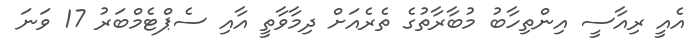
އެއީ ރިއާސީ އިންތިހާބު މުބާރާތުގެ ތެރެއަށް ދިމާވާތީ އާއި ސެޕްޓެމްބަރު 17 ވަނަ